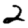
Digit: 2